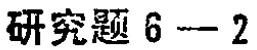
研究题 6 -- 2